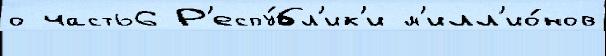
о часть6 Р'еспу́бл'ик'и м'илл'ио́нов